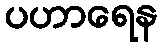
ပဟာရေန